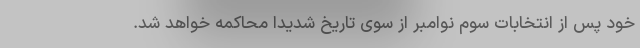
خود پس از انتخابات سوم نوامبر از سوی تاریخ شدیدا محاکمه خواهد شد.